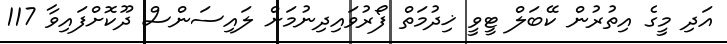
އަދި މީގެ އިތުރުން ކޭބަލް ޓީވީ ޚިދުމަތް ފޯރުވައިދިނުމަށް ލައިސަންސް ދޫކޮށްފައިވާ 117